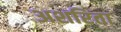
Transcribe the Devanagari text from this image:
अशरिता